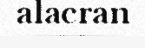
alacran